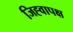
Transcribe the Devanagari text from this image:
जिह्वापक्ष